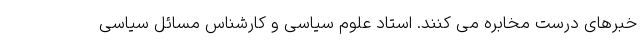
خبرهای درست مخابره می کنند. استاد علوم سیاسی و کارشناس مسائل سیاسی